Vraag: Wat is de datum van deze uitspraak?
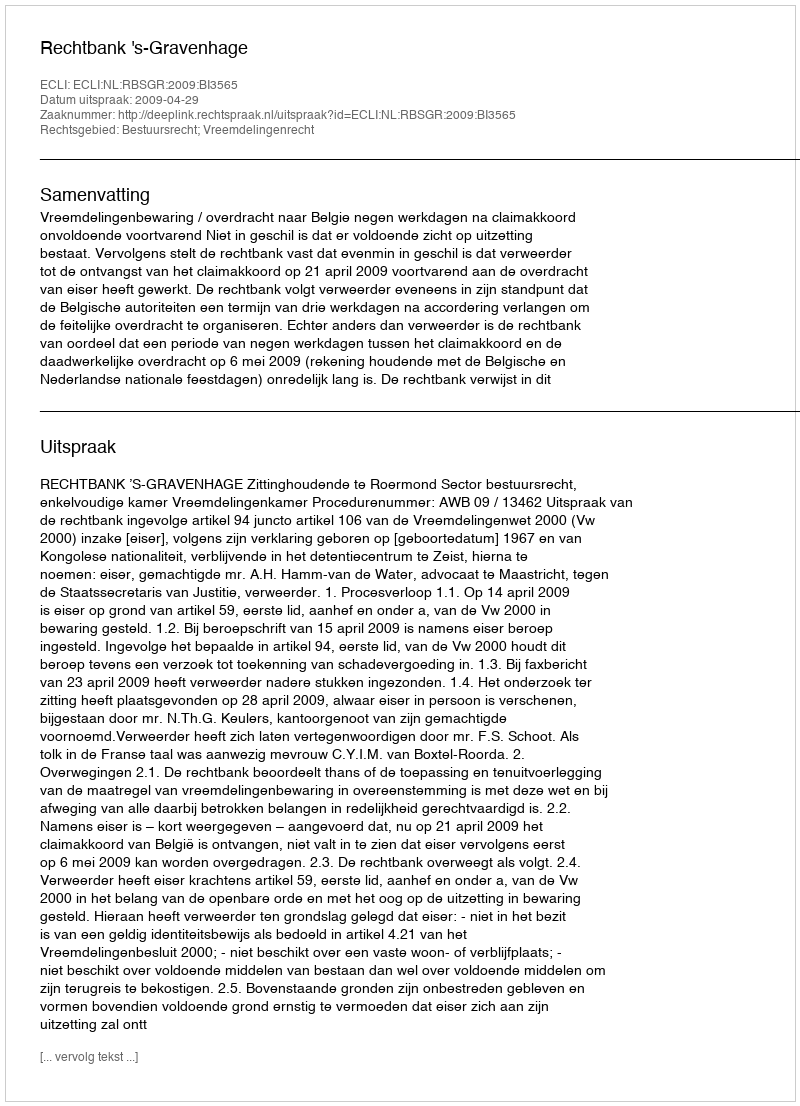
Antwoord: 2009-04-29